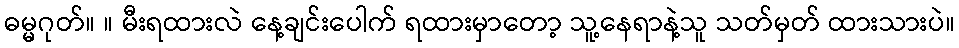
ဓမ္မဂုတ်။ ။ မီးရထားလဲ နေ့ချင်းပေါက် ရထားမှာတော့ သူ့နေရာနဲ့သူ သတ်မှတ် ထားသားပဲ။